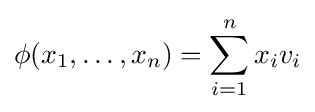
\phi (x_{1},\ldots ,x_{n})=\sum _{i=1}^{n}x_{i}v_{i}